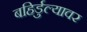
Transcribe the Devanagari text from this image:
बहिर्डुल्यावर